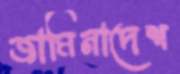
জামিনাদেশ